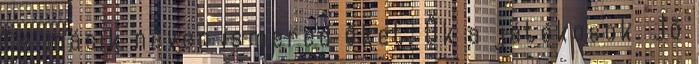
te másik néven ismered őket. Ők a játékosok. Jó